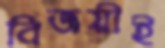
বিজয়ীই